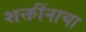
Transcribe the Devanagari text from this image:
शक्तींनाचा